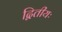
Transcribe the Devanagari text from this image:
द्वितीयः